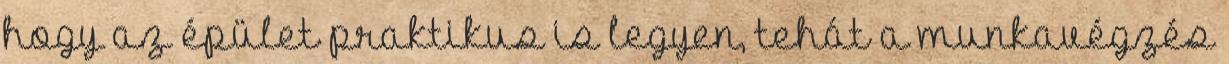
hogy az épület praktikus is legyen, tehát a munkavégzés